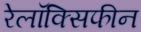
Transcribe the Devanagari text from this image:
रेलॉक्सिफीन